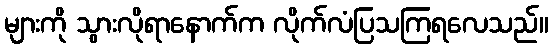
များကို သွားလိုရာနောက်က လိုက်လံပြသကြရလေသည်။